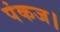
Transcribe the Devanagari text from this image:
पंकज।